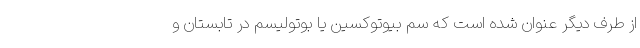
از طرف دیگر عنوان شده است که سم بیوتوکسین یا بوتولیسم در تابستان و